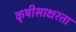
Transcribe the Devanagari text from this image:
कृषीसाक्षरता